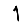
Digit: 1